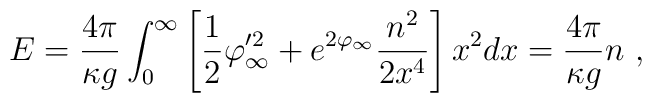
E = \frac{4 \pi}{\kappa g}    \int_0^\infty \left[ \frac{1}{2} \varphi_\infty'^2                          + e^{2 \varphi_\infty}\frac{n^2}{2 x^4} \right] x^2 dx = \frac{4 \pi}{\kappa g} n\ ,